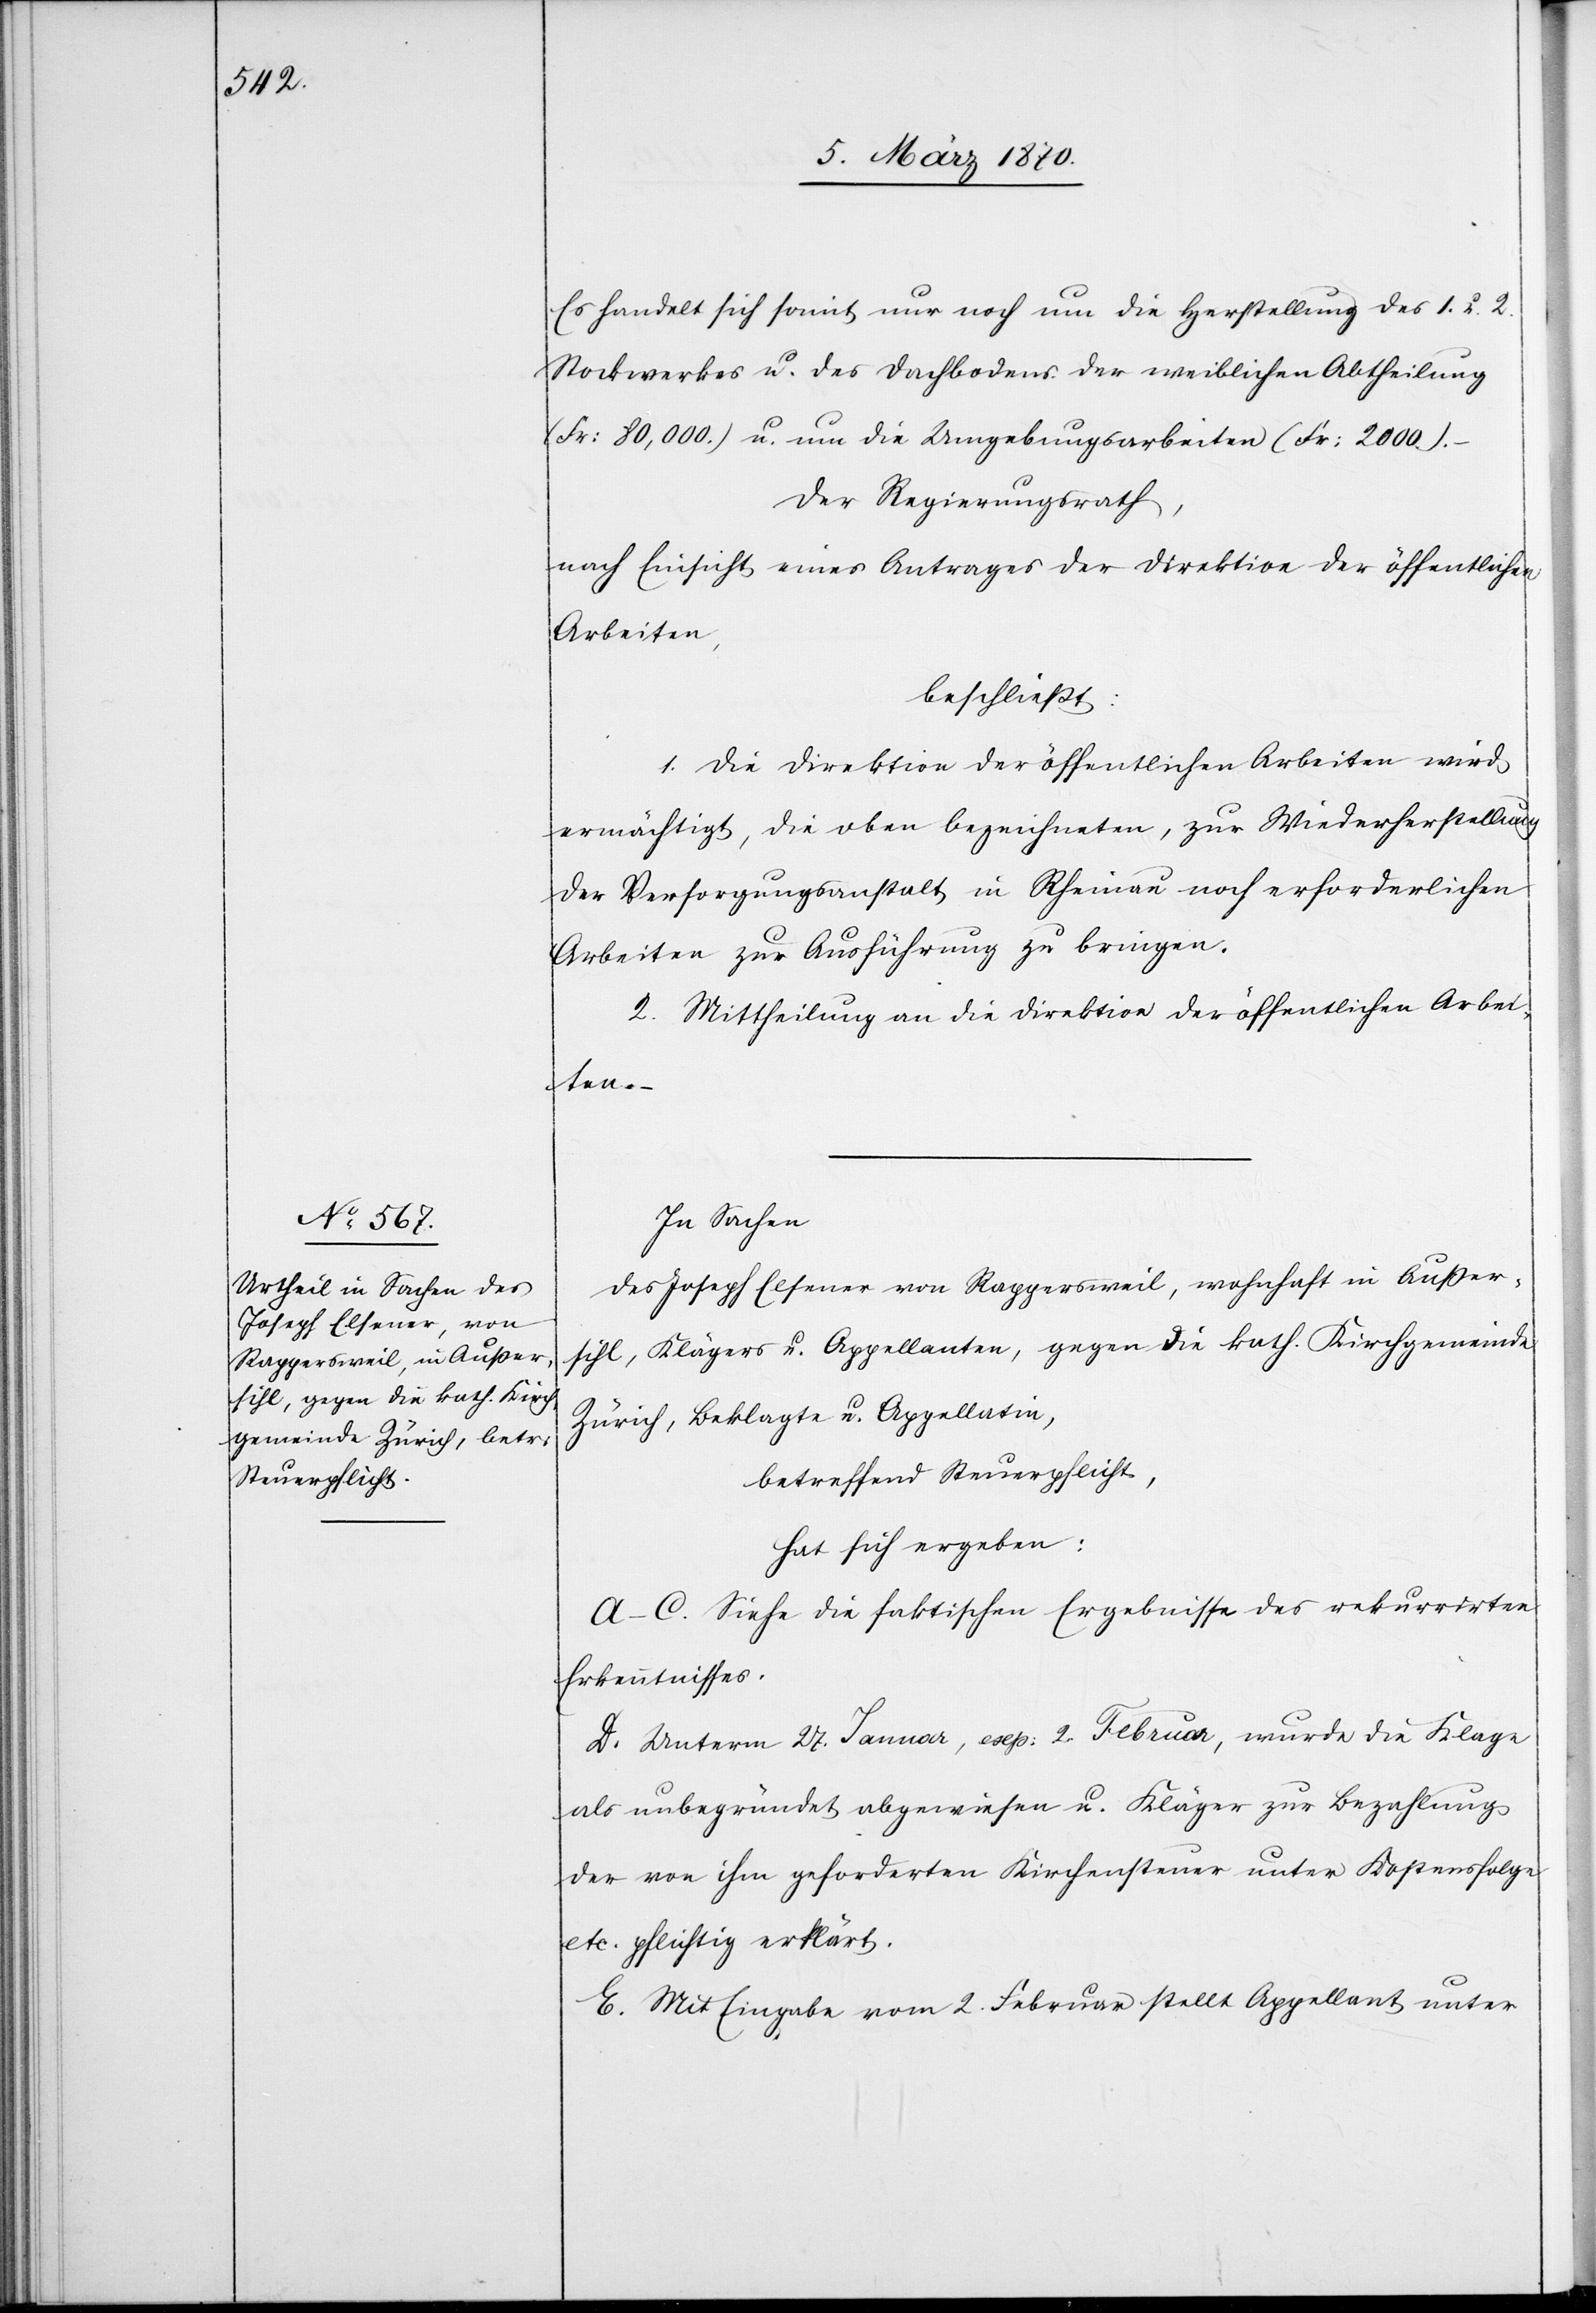
Es handelt sich somit nur noch um die Herstellung des 1. u. 2.
Stockwerkes u. des Dachbodens der weiblichen Abtheilung
(Fr: 80,000.) u. um die Umgebungsarbeiten (Fr: 2000.).
Der Regierungsrath,
nach Einsicht eines Antrages der Direktion der öffentlichen
Arbeiten,
beschließt:
1. Die Direktion der öffentlichen Arbeiten wird
ermächtigt, die oben bezeichneten, zur Wiederherstellung
der Versorgungsanstalt in Rheinau noch erforderlichen
Arbeiten zur Ausführung zu bringen.
2. Mittheilung an die Direktion der öffentlichen Arbei¬
ten.
In Sachen
des Joseph Elsener von Rappersweil, wohnhaft in Außer¬
sihl, Kläger u. Appellanten, gegen die kath. Kirchgemeinde
Zürich, Beklagte u. Appellatin,
betreffend Steuerpflicht,
hat sich ergeben:
A–C. Siehe die faktischen Ergebnisse des rekurrirten
Erkenntnisses.
D. Unterm 27. Januar, exp: 2. Februar, wurde die Klage
als unbegründet abgewiesen u. Kläger zur Bezahlung
der von ihm geforderten Kirchensteuer unter Kostensfolge
etc. pflichtig erklärt.
E. Mit Eingabe vom 2. Februar stellt Appellant unter